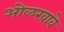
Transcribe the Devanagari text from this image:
ओळखावे